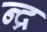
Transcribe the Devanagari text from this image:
न्द्र